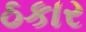
ઠકાર